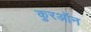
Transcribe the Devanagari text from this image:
कुरऑन